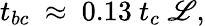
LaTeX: {t_{bc}}~\approx~0.13~t_{c}~\mathscr{L},